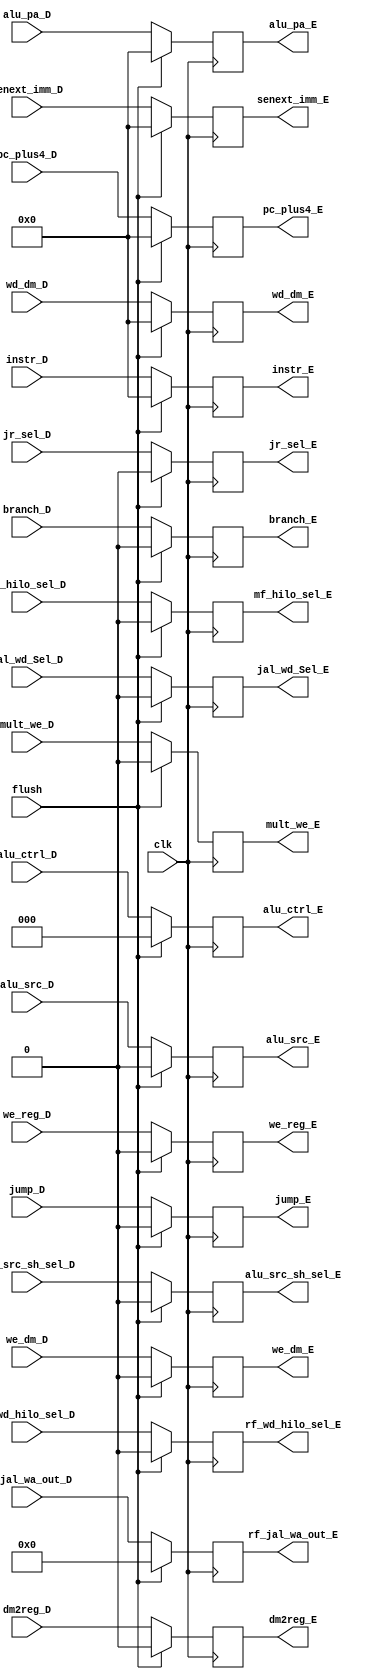
`timescale 1ns / 1ps
//////////////////////////////////////////////////////////////////////////////////
// Company: 
// 
// Design Name: 
// Module Name: ID_EX_REG
// Project Name: 
// Target Devices: 
// Tool Versions: 
// Description: 
// 
// Dependencies: 
// 
// Revision:
// Revision 0.01 - File Created
// Additional Comments:
// 
//////////////////////////////////////////////////////////////////////////////////


module ID_EXE_REG(
    input wire clk,
    input wire [31:0] pc_plus4_D,
    input wire [31:0] senext_imm_D,
    input wire [31:0] alu_pa_D,
    input wire [31:0] wd_dm_D,
    input wire [31:0] instr_D,  
    input wire [2:0]  alu_ctrl_D,
    input wire rf_wd_hilo_sel_D,
    input wire alu_src_D,
    input wire branch_D,
    input wire jump_D,
    input wire we_dm_D,
    input wire dm2reg_D,
    input wire jr_sel_D,
    input wire jal_wd_Sel_D,
    input wire alu_src_sh_sel_D,
    input wire mult_we_D,
    input wire mf_hilo_sel_D,
    input wire we_reg_D,
    input wire [4:0]  rf_jal_wa_out_D,
    input wire flush,
    
    output reg [31:0] pc_plus4_E,
    output reg [31:0] alu_pa_E,
    output reg [31:0] wd_dm_E,
    output reg [31:0] senext_imm_E,
    output reg [31:0] instr_E, 
    output reg [4:0]  rf_jal_wa_out_E,
    output reg [2:0]  alu_ctrl_E,
    output reg rf_wd_hilo_sel_E,
    output reg alu_src_E,
    output reg branch_E,
    output reg jump_E,
    output reg we_dm_E,
    output reg dm2reg_E,
    output reg jr_sel_E,
    output reg jal_wd_Sel_E,
    output reg alu_src_sh_sel_E,
    output reg mult_we_E,
    output reg mf_hilo_sel_E,
    output reg we_reg_E
);
integer i;

initial begin
    pc_plus4_E = 32'h0;
    alu_pa_E = 32'h0;
    wd_dm_E = 32'h0;
    senext_imm_E = 32'h0;
    instr_E = 32'h0; 
    rf_jal_wa_out_E = 5'h0;
    alu_ctrl_E= 3'h0;
    rf_wd_hilo_sel_E = 1'h0;
    alu_src_E = 1'h0;
    branch_E = 1'h0;
    jump_E = 1'h0;
    we_dm_E = 1'h0;
    dm2reg_E = 1'h0;
    jr_sel_E = 1'h0;
    jal_wd_Sel_E = 1'h0;
    alu_src_sh_sel_E = 1'h0;
    mult_we_E = 1'h0;
    mf_hilo_sel_E = 1'h0;
    we_reg_E = 1'h0;
end

always @(posedge clk) begin
    if (flush) begin
        pc_plus4_E <= 32'h0;       // Reset to initial values during flush
        alu_pa_E <= 32'h0;
        wd_dm_E <= 32'h0;
        senext_imm_E <= 32'h0;
        instr_E <= 32'h0; 
        rf_jal_wa_out_E <= 5'h0;
        alu_ctrl_E <= 3'h0;
        rf_wd_hilo_sel_E <= 1'h0;
        alu_src_E <= 1'h0;
        branch_E <= 1'h0;
        jump_E <= 1'h0;
        we_dm_E <= 1'h0;
        dm2reg_E <= 1'h0;
        jr_sel_E <= 1'h0;
        jal_wd_Sel_E <= 1'h0;
        alu_src_sh_sel_E <= 1'h0;
        mult_we_E <= 1'h0;
        mf_hilo_sel_E <= 1'h0;
        we_reg_E <= 1'h0;
    end 
    else begin
        alu_pa_E = alu_pa_D;
        wd_dm_E = wd_dm_D;
        senext_imm_E = senext_imm_D;
        instr_E = instr_D;
        pc_plus4_E = pc_plus4_D;
        rf_jal_wa_out_E = rf_jal_wa_out_D;
        alu_ctrl_E = alu_ctrl_D;
        rf_wd_hilo_sel_E = rf_wd_hilo_sel_D;
        alu_src_E = alu_src_D;
        branch_E = branch_D;
        jump_E = jump_D;
        we_dm_E = we_dm_D;
        dm2reg_E = dm2reg_D;
        jr_sel_E = jr_sel_D;
        jal_wd_Sel_E = jal_wd_Sel_D;
        alu_src_sh_sel_E = alu_src_sh_sel_D;
        mult_we_E = mult_we_D;
        mf_hilo_sel_E = mf_hilo_sel_D;
        we_reg_E = we_reg_D;
    end
end

endmodule